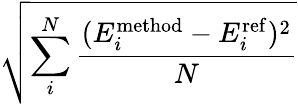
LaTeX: \sqrt{\sum_{i}^{N}\frac{(E_{i}^{\mathrm{method}}-E_{i}^{\mathrm{ref}})^{2}}{N}}